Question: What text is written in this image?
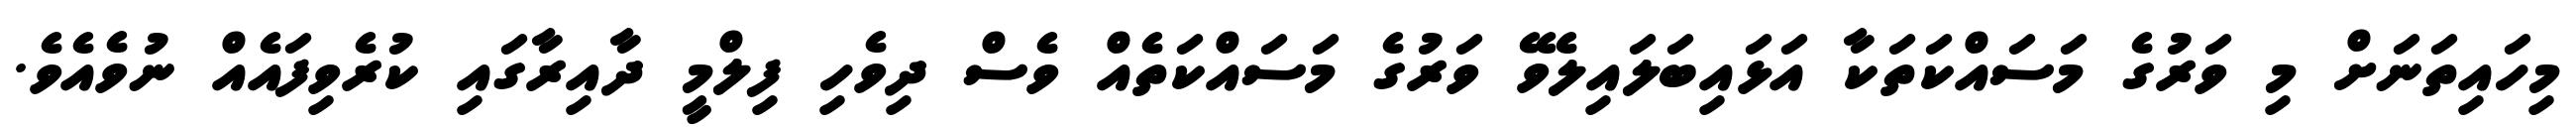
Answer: މިހައިތަނަށް މި ވަރުގެ މަސައްކަތަކާ އަޅައިބަލައިލެވޭ ވަރުގެ މަސައްކަތެއް ވެސް ދިވެހި ފިލްމީ ދާއިރާގައި ކުރެވިފައެއް ނުވެއެވެ.